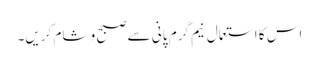
اس کا استعمال نیم گرم پانی سے صبح و شام کریں۔